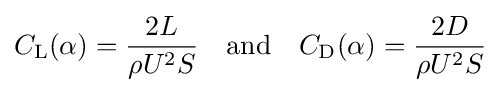
C_{\text{L}}(\alpha )={\frac {2L}{\rho U^{2}S}}\quad {\text{and}}\quad C_{\text{D}}(\alpha )={\frac {2D}{\rho U^{2}S}}